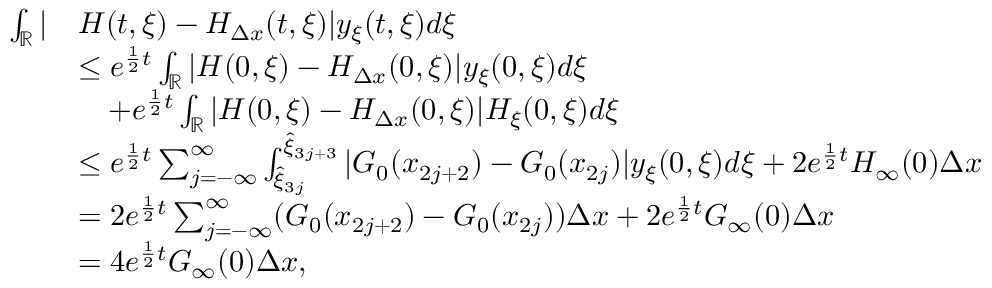
\begin{array} { r l } { \int _ { \mathbb { R } } | } & { H ( t , \xi ) - H _ { \Delta x } ( t , \xi ) | y _ { \xi } ( t , \xi ) d \xi } \\ & { \leq e ^ { \frac 1 2 t } \int _ { \mathbb { R } } | H ( 0 , \xi ) - H _ { \Delta x } ( 0 , \xi ) | y _ { \xi } ( 0 , \xi ) d \xi } \\ & { \quad + e ^ { \frac 1 2 t } \int _ { \mathbb { R } } | H ( 0 , \xi ) - H _ { \Delta x } ( 0 , \xi ) | H _ { \xi } ( 0 , \xi ) d \xi } \\ & { \leq e ^ { \frac 1 2 t } \sum _ { j = - \infty } ^ { \infty } \int _ { \hat { \xi } _ { 3 j } } ^ { \hat { \xi } _ { 3 j + 3 } } \vert G _ { 0 } ( x _ { 2 j + 2 } ) - G _ { 0 } ( x _ { 2 j } ) \vert y _ { \xi } ( 0 , \xi ) d \xi + 2 e ^ { \frac 1 2 t } H _ { \infty } ( 0 ) \Delta x } \\ & { = 2 e ^ { \frac 1 2 t } \sum _ { j = - \infty } ^ { \infty } ( G _ { 0 } ( x _ { 2 j + 2 } ) - G _ { 0 } ( x _ { 2 j } ) ) \Delta x + 2 e ^ { \frac 1 2 t } G _ { \infty } ( 0 ) \Delta x } \\ & { = 4 e ^ { \frac 1 2 t } G _ { \infty } ( 0 ) \Delta x , } \end{array}